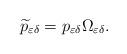
LaTeX: \begin{align*}\widetilde{p}_{\varepsilon\delta}=p_{\varepsilon\delta}\Omega_{\varepsilon\delta}.\end{align*}